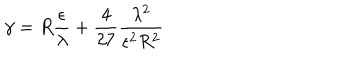
LaTeX: \gamma = R \frac \epsilon \lambda + \frac 4 { 2 7 } \frac { \lambda ^ { 2 } } { \epsilon ^ { 2 } R ^ { 2 } }